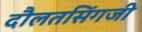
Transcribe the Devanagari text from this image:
दौलतसिंगजी